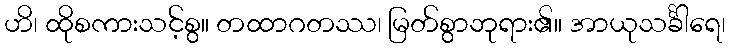
ဟိ၊ ထိုစကားသင့်စွ။ တထာဂတဿ၊ မြတ်စွာဘုရား၏။ အာယုသင်္ခါရေ၊